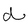
Character: d